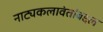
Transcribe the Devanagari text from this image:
नाट्यकलावंतांबद्दल